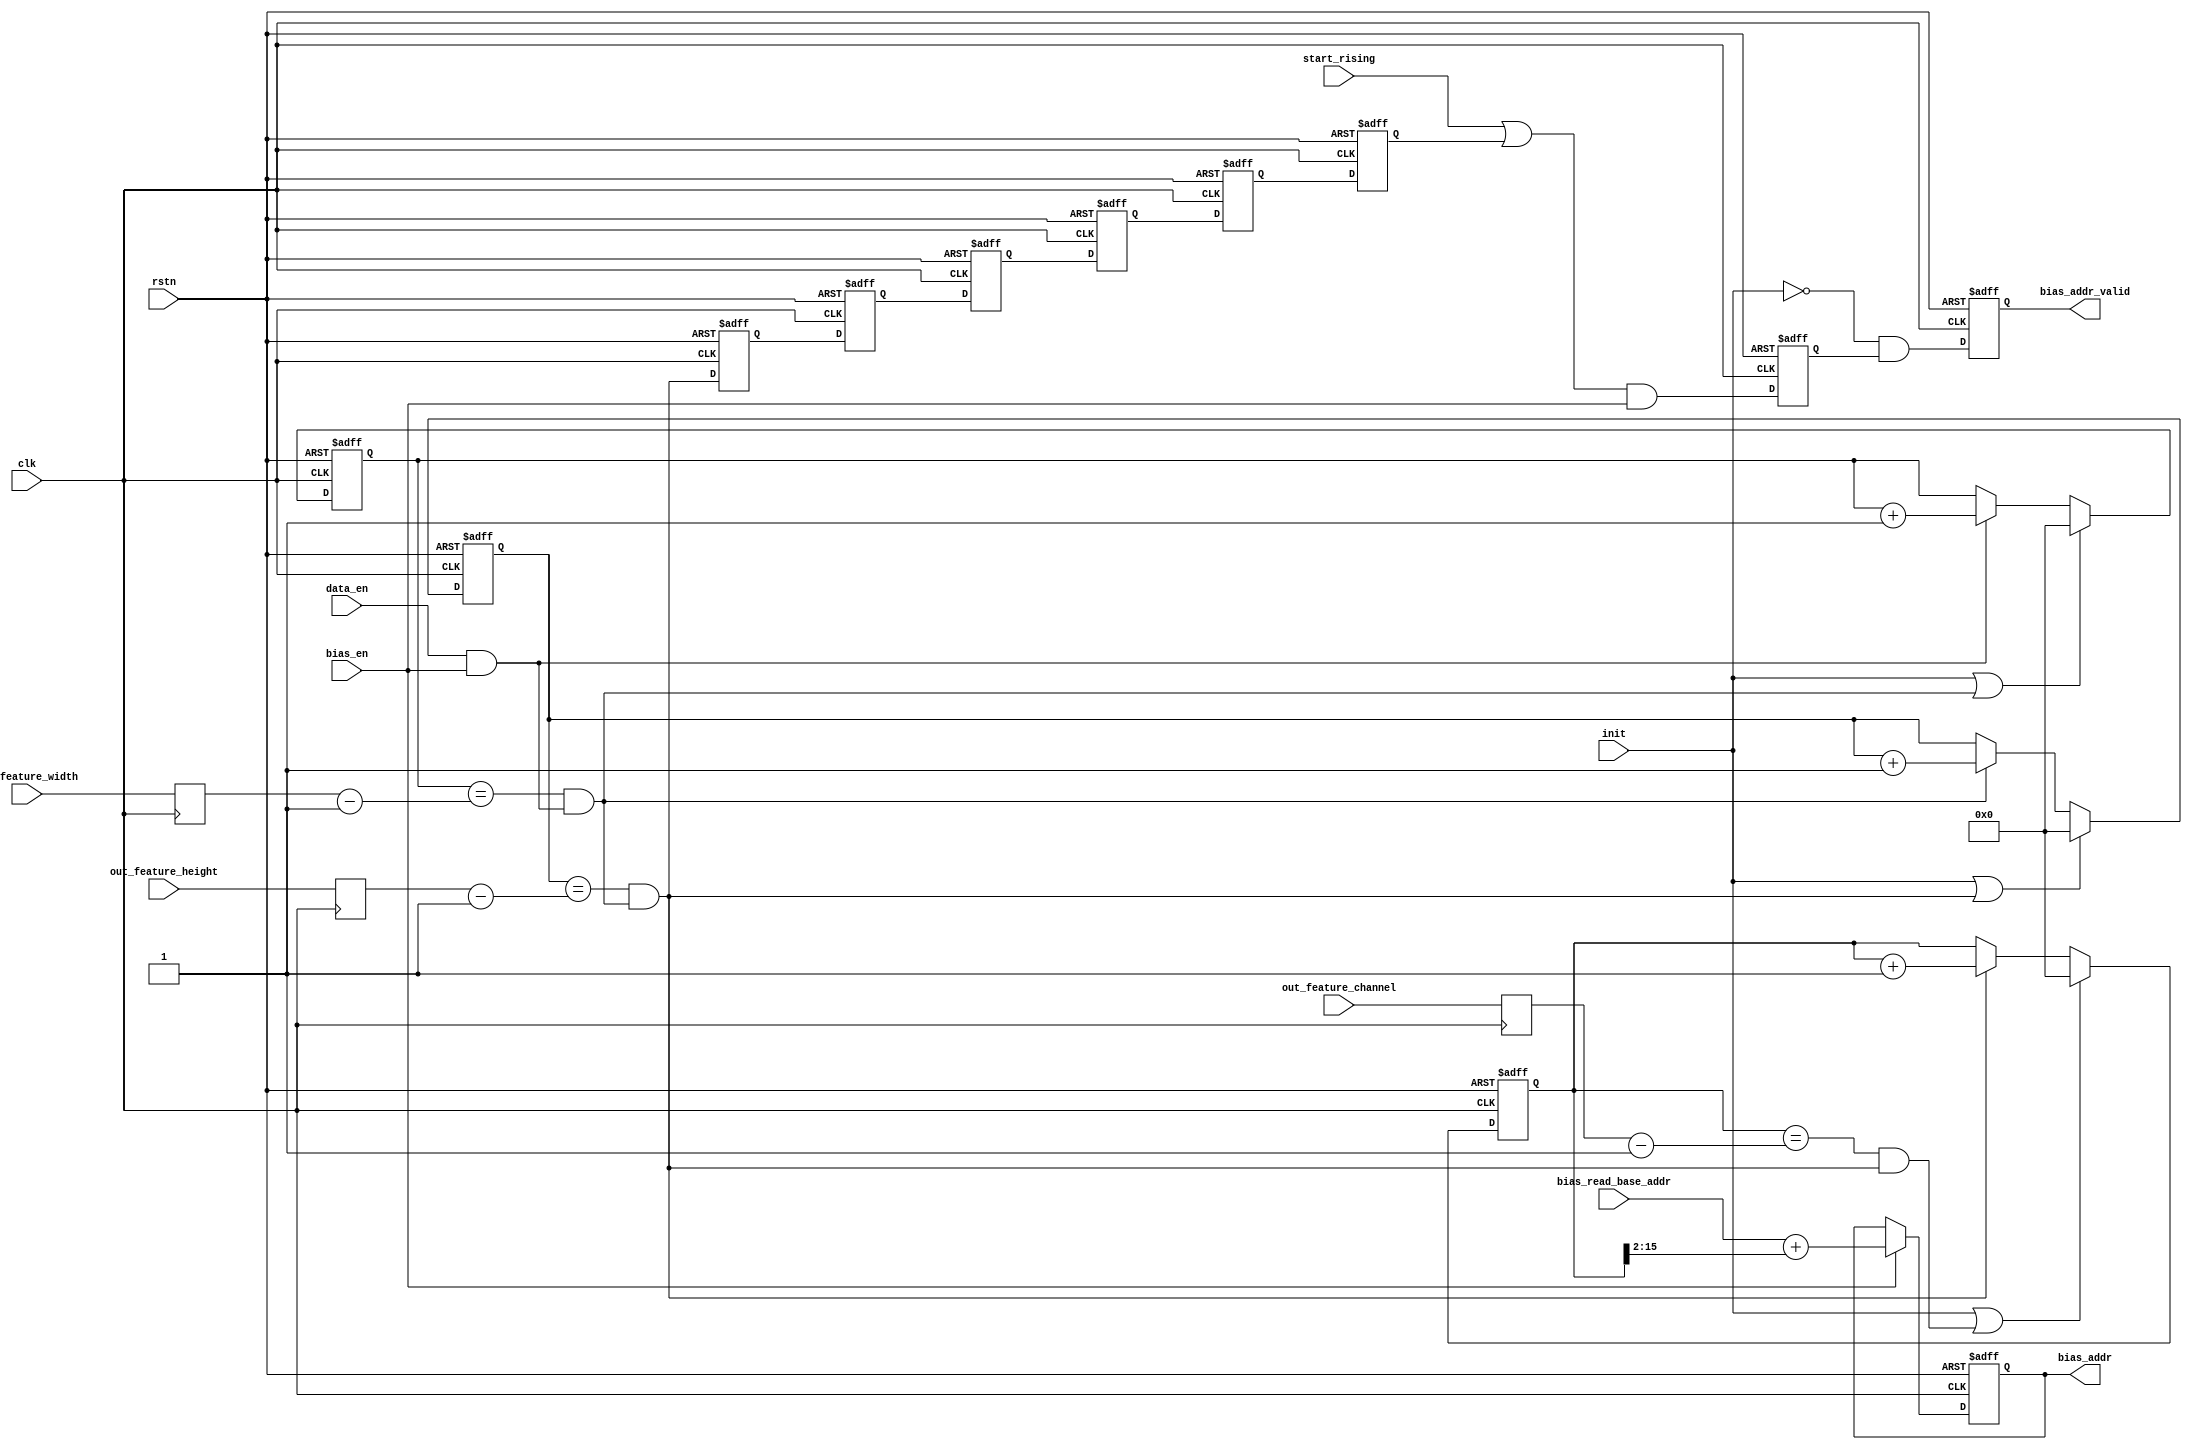
// Generated by stratus_hls 19.10-p100  (91500.011111)
// Wed Jan 27 10:22:58 2021
// from bias_addr_gen.cpp

`timescale 1ps / 1ps

      
module bias_addr_gen(clk, rstn, init, out_feature_width, out_feature_height, out_feature_channel, bias_read_base_addr, bias_en, start_rising, data_en, bias_addr, bias_addr_valid);

      input clk;
      input rstn;
      input init;
      input [15:0] out_feature_width;
      input [15:0] out_feature_height;
      input [15:0] out_feature_channel;
      input [31:0] bias_read_base_addr;
      input bias_en;
      input start_rising;
      input data_en;
      output [31:0] bias_addr;
      reg [31:0] bias_addr;
      output bias_addr_valid;
      reg bias_addr_valid;
      reg of_enable_4d;
      reg of_enable_3d;
      reg of_enable_2d;
      reg of_enable_1d;
      reg of_enable_5d;
      reg of_enable_6d;
      wire bias_addr_gen_Or_1Ux1U_1U_4_5_out1;
      wire bias_addr_gen_And_1Ux1U_1U_4_6_out1;
      wire bias_addr_gen_EqSubi1u16u16_1_7_out1;
      reg[15:0] bias_addr_gen_MuxAdd2i1u16u16u1_4_11_out1;
      wire bias_addr_gen_And_1Ux1U_1U_1_9_out1;
      wire bias_addr_gen_Or_1Ux1U_1U_4_10_out1;
      reg[15:0] bias_addr_gen_Muxi0u16u1_4_12_out1;
      reg[15:0] ox_cnt;
      wire bias_addr_gen_EqSubi1u16u16_1_13_out1;
      reg[15:0] bias_addr_gen_MuxAdd2i1u16u16u1_1_16_out1;
      wire bias_addr_gen_And_1Ux1U_1U_1_8_out1;
      wire bias_addr_gen_Or_1Ux1U_1U_4_15_out1;
      reg[15:0] bias_addr_gen_Muxi0u16u1_4_17_out1;
      reg[15:0] oy_cnt;
      wire bias_addr_gen_EqSubi1u16u16_1_18_out1;
      reg[15:0] bias_addr_gen_MuxAdd2i1u16u16u1_1_21_out1;
      wire bias_addr_gen_And_1Ux1U_1U_1_14_out1;
      wire bias_addr_gen_And_1Ux1U_1U_1_19_out1;
      wire bias_addr_gen_Or_1Ux1U_1U_4_20_out1;
      reg[15:0] bias_addr_gen_Muxi0u16u1_4_22_out1;
      reg[15:0] of_cnt_max;
      reg[15:0] oy_cnt_max;
      reg[15:0] ox_cnt_max;
      wire[31:0] bias_addr_gen_Add_32Ux14U_32U_1_3_out1;
      reg[15:0] of_cnt;
      wire[13:0] bias_addr_gen_Add_32Ux14U_32U_1_3_in1;
      reg[31:0] bias_addr_gen_N_Mux_32_2_12_4_4_out1;
      reg bias_addr_update;
      wire bias_addr_gen_Not_1U_1U_4_1_out1;
      wire bias_addr_gen_And_1Ux1U_1U_4_2_out1;

         // rtl_process:bias_addr_gen/drive_bias_addr_valid
         // Sharing or Control mux
         // Sharing/Controlling 2 operation(s) on drive_bias_addr_valid
         // at: bias_addr_gen.h:149:7
         // at: bias_addr_gen.h:155:7
         always @(posedge clk or negedge rstn)
          begin :drive_bias_addr_valid
            if (rstn == 1'b0) begin
               // op:_bias_addr_valid/OP0
               bias_addr_valid <= 1'd0;
            end
            else begin
               // op:_bias_addr_valid/OP5
               bias_addr_valid <= bias_addr_gen_And_1Ux1U_1U_4_2_out1;
            end
         end

         // rtl_instance:bias_addr_gen/bias_addr_gen_Not_1U_1U_4_1
         // Resource=bias_addr_gen_Not_1U_1U_4, Function=not : Inputs=1 Outputs=1
         // Implements 1 operation(s)
         // at: bias_addr_gen.h:150:10
         assign bias_addr_gen_Not_1U_1U_4_1_out1 = !init;

         // rtl_instance:bias_addr_gen/bias_addr_gen_And_1Ux1U_1U_4_2
         // Resource=bias_addr_gen_And_1Ux1U_1U_4, Function=and : Inputs=1,1 Outputs=1
         // Implements 1 operation(s)
         // at: bias_addr_gen.h:150:10
         assign bias_addr_gen_And_1Ux1U_1U_4_2_out1 = bias_addr_gen_Not_1U_1U_4_1_out1 & bias_addr_update;

         // rtl_process:bias_addr_gen/drive_bias_addr
         // Sharing or Control mux
         // Sharing/Controlling 3 operation(s) on drive_bias_addr
         // at: bias_addr_gen.h:142:7
         // at: bias_addr_gen.h:144:7
         always @(posedge clk or negedge rstn)
          begin :drive_bias_addr
            if (rstn == 1'b0) begin
               // op:_bias_add/OP9
               bias_addr <= 32'd0000000000;
            end
            else begin
               // op:_bias_add/OP17
               bias_addr <= bias_addr_gen_N_Mux_32_2_12_4_4_out1;
            end
         end

         // rtl_process:bias_addr_gen/drive_bias_addr_gen_Add_32Ux14U_32U_1_3_in1
         // Sharing or Control mux
         // Sharing/Controlling 1 operation(s) on drive_bias_addr_gen_Add_32Ux14U_32U_1_3_in1
         // at: bias_addr_gen.h:144:63
         assign bias_addr_gen_Add_32Ux14U_32U_1_3_in1 = of_cnt[15:2];

         // rtl_instance:bias_addr_gen/bias_addr_gen_Add_32Ux14U_32U_1_3
         // Resource=bias_addr_gen_Add_32Ux14U_32U_1, Function=add : Inputs=32,14 Outputs=32
         // Implements 1 operation(s)
         // at: bias_addr_gen.h:144:46
         assign bias_addr_gen_Add_32Ux14U_32U_1_3_out1 = bias_read_base_addr + {18'b000000000000000000, bias_addr_gen_Add_32Ux14U_32U_1_3_in1};

         // rtl_instance:bias_addr_gen/bias_addr_gen_N_Mux_32_2_12_4
         always @(bias_addr or bias_en or bias_addr_gen_Add_32Ux14U_32U_1_3_out1)
          begin :bias_addr_gen_N_Mux_32_2_12_4_4
            if (bias_en) begin
               bias_addr_gen_N_Mux_32_2_12_4_4_out1 = bias_addr_gen_Add_32Ux14U_32U_1_3_out1;
            end
            else begin
               bias_addr_gen_N_Mux_32_2_12_4_4_out1 = bias_addr;
            end
         end

         // rtl_process:bias_addr_gen/drive_ox_cnt_max
         // Sharing or Control mux
         // Sharing/Controlling 2 operation(s) on drive_ox_cnt_max
         // at: bias_addr_gen.h:135:5
         // at: bias_addr_gen.h:88:56
         always @(posedge clk)
          begin :drive_ox_cnt_max
            // op:_set_max_num/OP28
            ox_cnt_max <= out_feature_width;
         end

         // rtl_process:bias_addr_gen/drive_oy_cnt_max
         // Sharing or Control mux
         // Sharing/Controlling 2 operation(s) on drive_oy_cnt_max
         // at: bias_addr_gen.h:136:5
         // at: bias_addr_gen.h:104:56
         always @(posedge clk)
          begin :drive_oy_cnt_max
            // op:_set_max_num/OP27
            oy_cnt_max <= out_feature_height;
         end

         // rtl_process:bias_addr_gen/drive_of_cnt_max
         // Sharing or Control mux
         // Sharing/Controlling 2 operation(s) on drive_of_cnt_max
         // at: bias_addr_gen.h:137:5
         // at: bias_addr_gen.h:120:56
         always @(posedge clk)
          begin :drive_of_cnt_max
            // op:_set_max_num/OP26
            of_cnt_max <= out_feature_channel;
         end

         // rtl_process:bias_addr_gen/drive_of_cnt
         // Sharing or Control mux
         // Sharing/Controlling 3 operation(s) on drive_of_cnt
         // at: bias_addr_gen.h:131:7
         // at: bias_addr_gen.h:125:7
         always @(posedge clk or negedge rstn)
          begin :drive_of_cnt
            if (rstn == 1'b0) begin
               // op:_of_counter/OP114
               of_cnt <= 16'd00000;
            end
            else begin
               // op:_of_counter/OP123
               of_cnt <= bias_addr_gen_Muxi0u16u1_4_22_out1;
            end
         end

         // rtl_instance:bias_addr_gen/bias_addr_gen_Or_1Ux1U_1U_4_20
         // Resource=bias_addr_gen_Or_1Ux1U_1U_4, Function=or : Inputs=1,1 Outputs=1
         // Implements 1 operation(s)
         // at: bias_addr_gen.h:126:14
         assign bias_addr_gen_Or_1Ux1U_1U_4_20_out1 = init | bias_addr_gen_And_1Ux1U_1U_1_19_out1;

         // rtl_instance:bias_addr_gen/bias_addr_gen_MuxAdd2i1u16u16u1_1
         always @(of_cnt or bias_addr_gen_And_1Ux1U_1U_1_14_out1)
          begin :bias_addr_gen_MuxAdd2i1u16u16u1_1_21
            if (bias_addr_gen_And_1Ux1U_1U_1_14_out1) begin
               bias_addr_gen_MuxAdd2i1u16u16u1_1_21_out1 = of_cnt + 16'd00001;
            end
            else begin
               bias_addr_gen_MuxAdd2i1u16u16u1_1_21_out1 = of_cnt;
            end
         end

         // rtl_instance:bias_addr_gen/bias_addr_gen_Muxi0u16u1_4
         always @(bias_addr_gen_Or_1Ux1U_1U_4_20_out1 or bias_addr_gen_MuxAdd2i1u16u16u1_1_21_out1)
          begin :bias_addr_gen_Muxi0u16u1_4_22
            if (bias_addr_gen_Or_1Ux1U_1U_4_20_out1) begin
               bias_addr_gen_Muxi0u16u1_4_22_out1 = 16'd00000;
            end
            else begin
               bias_addr_gen_Muxi0u16u1_4_22_out1 = bias_addr_gen_MuxAdd2i1u16u16u1_1_21_out1;
            end
         end

         // rtl_instance:bias_addr_gen/bias_addr_gen_EqSubi1u16u16_1_18
         // Resource=bias_addr_gen_EqSubi1u16u16_1, Function=sub eq : Inputs=16,16 Outputs=1
         // Implements 1 operation(s)
         // at: bias_addr_gen.h:120:53
         assign bias_addr_gen_EqSubi1u16u16_1_18_out1 = {1'b0, of_cnt} == {1'b0, of_cnt_max} - 17'd000001;

         // rtl_instance:bias_addr_gen/bias_addr_gen_And_1Ux1U_1U_1_19
         // Resource=bias_addr_gen_And_1Ux1U_1U_1, Function=and : Inputs=1,1 Outputs=1
         // Implements 1 operation(s)
         // at: bias_addr_gen.h:120:35
         assign bias_addr_gen_And_1Ux1U_1U_1_19_out1 = bias_addr_gen_EqSubi1u16u16_1_18_out1 & bias_addr_gen_And_1Ux1U_1U_1_14_out1;

         // rtl_process:bias_addr_gen/drive_oy_cnt
         // Sharing or Control mux
         // Sharing/Controlling 4 operation(s) on drive_oy_cnt
         // at: bias_addr_gen.h:104:39
         // at: bias_addr_gen.h:109:7
         // at: bias_addr_gen.h:115:7
         always @(posedge clk or negedge rstn)
          begin :drive_oy_cnt
            if (rstn == 1'b0) begin
               // op:_oy_counter/OP85
               oy_cnt <= 16'd00000;
            end
            else begin
               // op:_oy_counter/OP94
               oy_cnt <= bias_addr_gen_Muxi0u16u1_4_17_out1;
            end
         end

         // rtl_instance:bias_addr_gen/bias_addr_gen_Or_1Ux1U_1U_4_15
         // Resource=bias_addr_gen_Or_1Ux1U_1U_4, Function=or : Inputs=1,1 Outputs=1
         // Implements 1 operation(s)
         // at: bias_addr_gen.h:110:14
         assign bias_addr_gen_Or_1Ux1U_1U_4_15_out1 = init | bias_addr_gen_And_1Ux1U_1U_1_14_out1;

         // rtl_instance:bias_addr_gen/bias_addr_gen_MuxAdd2i1u16u16u1_1
         always @(oy_cnt or bias_addr_gen_And_1Ux1U_1U_1_8_out1)
          begin :bias_addr_gen_MuxAdd2i1u16u16u1_1_16
            if (bias_addr_gen_And_1Ux1U_1U_1_8_out1) begin
               bias_addr_gen_MuxAdd2i1u16u16u1_1_16_out1 = oy_cnt + 16'd00001;
            end
            else begin
               bias_addr_gen_MuxAdd2i1u16u16u1_1_16_out1 = oy_cnt;
            end
         end

         // rtl_instance:bias_addr_gen/bias_addr_gen_Muxi0u16u1_4
         always @(bias_addr_gen_Or_1Ux1U_1U_4_15_out1 or bias_addr_gen_MuxAdd2i1u16u16u1_1_16_out1)
          begin :bias_addr_gen_Muxi0u16u1_4_17
            if (bias_addr_gen_Or_1Ux1U_1U_4_15_out1) begin
               bias_addr_gen_Muxi0u16u1_4_17_out1 = 16'd00000;
            end
            else begin
               bias_addr_gen_Muxi0u16u1_4_17_out1 = bias_addr_gen_MuxAdd2i1u16u16u1_1_16_out1;
            end
         end

         // rtl_instance:bias_addr_gen/bias_addr_gen_EqSubi1u16u16_1_13
         // Resource=bias_addr_gen_EqSubi1u16u16_1, Function=sub eq : Inputs=16,16 Outputs=1
         // Implements 1 operation(s)
         // at: bias_addr_gen.h:104:53
         assign bias_addr_gen_EqSubi1u16u16_1_13_out1 = {1'b0, oy_cnt} == {1'b0, oy_cnt_max} - 17'd000001;

         // rtl_instance:bias_addr_gen/bias_addr_gen_And_1Ux1U_1U_1_14
         // Resource=bias_addr_gen_And_1Ux1U_1U_1, Function=and : Inputs=1,1 Outputs=1
         // Implements 1 operation(s)
         // at: bias_addr_gen.h:104:35
         assign bias_addr_gen_And_1Ux1U_1U_1_14_out1 = bias_addr_gen_EqSubi1u16u16_1_13_out1 & bias_addr_gen_And_1Ux1U_1U_1_8_out1;

         // rtl_process:bias_addr_gen/drive_ox_cnt
         // Sharing or Control mux
         // Sharing/Controlling 4 operation(s) on drive_ox_cnt
         // at: bias_addr_gen.h:88:39
         // at: bias_addr_gen.h:93:7
         // at: bias_addr_gen.h:99:7
         always @(posedge clk or negedge rstn)
          begin :drive_ox_cnt
            if (rstn == 1'b0) begin
               // op:_ox_counter/OP56
               ox_cnt <= 16'd00000;
            end
            else begin
               // op:_ox_counter/OP65
               ox_cnt <= bias_addr_gen_Muxi0u16u1_4_12_out1;
            end
         end

         // rtl_instance:bias_addr_gen/bias_addr_gen_Or_1Ux1U_1U_4_10
         // Resource=bias_addr_gen_Or_1Ux1U_1U_4, Function=or : Inputs=1,1 Outputs=1
         // Implements 1 operation(s)
         // at: bias_addr_gen.h:94:14
         assign bias_addr_gen_Or_1Ux1U_1U_4_10_out1 = init | bias_addr_gen_And_1Ux1U_1U_1_8_out1;

         // rtl_instance:bias_addr_gen/bias_addr_gen_MuxAdd2i1u16u16u1_4
         always @(ox_cnt or bias_addr_gen_And_1Ux1U_1U_1_9_out1)
          begin :bias_addr_gen_MuxAdd2i1u16u16u1_4_11
            if (bias_addr_gen_And_1Ux1U_1U_1_9_out1) begin
               bias_addr_gen_MuxAdd2i1u16u16u1_4_11_out1 = ox_cnt + 16'd00001;
            end
            else begin
               bias_addr_gen_MuxAdd2i1u16u16u1_4_11_out1 = ox_cnt;
            end
         end

         // rtl_instance:bias_addr_gen/bias_addr_gen_Muxi0u16u1_4
         always @(bias_addr_gen_Or_1Ux1U_1U_4_10_out1 or bias_addr_gen_MuxAdd2i1u16u16u1_4_11_out1)
          begin :bias_addr_gen_Muxi0u16u1_4_12
            if (bias_addr_gen_Or_1Ux1U_1U_4_10_out1) begin
               bias_addr_gen_Muxi0u16u1_4_12_out1 = 16'd00000;
            end
            else begin
               bias_addr_gen_Muxi0u16u1_4_12_out1 = bias_addr_gen_MuxAdd2i1u16u16u1_4_11_out1;
            end
         end

         // rtl_instance:bias_addr_gen/bias_addr_gen_EqSubi1u16u16_1_7
         // Resource=bias_addr_gen_EqSubi1u16u16_1, Function=sub eq : Inputs=16,16 Outputs=1
         // Implements 1 operation(s)
         // at: bias_addr_gen.h:88:53
         assign bias_addr_gen_EqSubi1u16u16_1_7_out1 = {1'b0, ox_cnt} == {1'b0, ox_cnt_max} - 17'd000001;

         // rtl_instance:bias_addr_gen/bias_addr_gen_And_1Ux1U_1U_1_8
         // Resource=bias_addr_gen_And_1Ux1U_1U_1, Function=and : Inputs=1,1 Outputs=1
         // Implements 1 operation(s)
         // at: bias_addr_gen.h:88:35
         assign bias_addr_gen_And_1Ux1U_1U_1_8_out1 = bias_addr_gen_EqSubi1u16u16_1_7_out1 & bias_addr_gen_And_1Ux1U_1U_1_9_out1;

         // rtl_instance:bias_addr_gen/bias_addr_gen_And_1Ux1U_1U_1_9
         // Resource=bias_addr_gen_And_1Ux1U_1U_1, Function=and : Inputs=1,1 Outputs=1
         // Implements 1 operation(s)
         // at: bias_addr_gen.h:87:33
         assign bias_addr_gen_And_1Ux1U_1U_1_9_out1 = data_en & bias_en;

         // rtl_process:bias_addr_gen/drive_bias_addr_update
         // Sharing or Control mux
         // Sharing/Controlling 3 operation(s) on drive_bias_addr_update
         // at: bias_addr_gen.h:152:14
         // at: bias_addr_gen.h:76:7
         // at: bias_addr_gen.h:82:7
         always @(posedge clk or negedge rstn)
          begin :drive_bias_addr_update
            if (rstn == 1'b0) begin
               // op:_bias_addr_update/OP29
               bias_addr_update <= 1'd0;
            end
            else begin
               // op:_bias_addr_update/OP35
               bias_addr_update <= bias_addr_gen_And_1Ux1U_1U_4_6_out1;
            end
         end

         // rtl_instance:bias_addr_gen/bias_addr_gen_Or_1Ux1U_1U_4_5
         // Resource=bias_addr_gen_Or_1Ux1U_1U_4, Function=or : Inputs=1,1 Outputs=1
         // Implements 1 operation(s)
         // at: bias_addr_gen.h:77:37
         assign bias_addr_gen_Or_1Ux1U_1U_4_5_out1 = start_rising | of_enable_6d;

         // rtl_instance:bias_addr_gen/bias_addr_gen_And_1Ux1U_1U_4_6
         // Resource=bias_addr_gen_And_1Ux1U_1U_4, Function=and : Inputs=1,1 Outputs=1
         // Implements 1 operation(s)
         // at: bias_addr_gen.h:77:34
         assign bias_addr_gen_And_1Ux1U_1U_4_6_out1 = bias_addr_gen_Or_1Ux1U_1U_4_5_out1 & bias_en;

         // rtl_process:bias_addr_gen/drive_of_enable_6d
         // Sharing or Control mux
         // Sharing/Controlling 3 operation(s) on drive_of_enable_6d
         // at: bias_addr_gen.h:79:37
         // at: bias_addr_gen.h:62:7
         // at: bias_addr_gen.h:70:7
         always @(posedge clk or negedge rstn)
          begin :drive_of_enable_6d
            if (rstn == 1'b0) begin
               // op:_delay/OP136
               of_enable_6d <= 1'b0;
            end
            else begin
               // op:_delay/OP148
               of_enable_6d <= of_enable_5d;
            end
         end

         // rtl_process:bias_addr_gen/drive_of_enable_1d
         // Sharing or Control mux
         // Sharing/Controlling 4 operation(s) on drive_of_enable_1d
         // at: bias_addr_gen.h:57:7
         // at: bias_addr_gen.h:65:7
         // at: bias_addr_gen.h:66:22
         always @(posedge clk or negedge rstn)
          begin :drive_of_enable_1d
            if (rstn == 1'b0) begin
               // op:_delay/OP131
               of_enable_1d <= 1'b0;
            end
            else begin
               // op:_delay/OP153
               of_enable_1d <= bias_addr_gen_And_1Ux1U_1U_1_14_out1;
            end
         end

         // rtl_process:bias_addr_gen/drive_of_enable_2d
         // Sharing or Control mux
         // Sharing/Controlling 4 operation(s) on drive_of_enable_2d
         // at: bias_addr_gen.h:58:7
         // at: bias_addr_gen.h:66:7
         // at: bias_addr_gen.h:67:22
         always @(posedge clk or negedge rstn)
          begin :drive_of_enable_2d
            if (rstn == 1'b0) begin
               // op:_delay/OP132
               of_enable_2d <= 1'b0;
            end
            else begin
               // op:_delay/OP152
               of_enable_2d <= of_enable_1d;
            end
         end

         // rtl_process:bias_addr_gen/drive_of_enable_3d
         // Sharing or Control mux
         // Sharing/Controlling 4 operation(s) on drive_of_enable_3d
         // at: bias_addr_gen.h:59:7
         // at: bias_addr_gen.h:67:7
         // at: bias_addr_gen.h:68:22
         always @(posedge clk or negedge rstn)
          begin :drive_of_enable_3d
            if (rstn == 1'b0) begin
               // op:_delay/OP133
               of_enable_3d <= 1'b0;
            end
            else begin
               // op:_delay/OP151
               of_enable_3d <= of_enable_2d;
            end
         end

         // rtl_process:bias_addr_gen/drive_of_enable_4d
         // Sharing or Control mux
         // Sharing/Controlling 4 operation(s) on drive_of_enable_4d
         // at: bias_addr_gen.h:60:7
         // at: bias_addr_gen.h:68:7
         // at: bias_addr_gen.h:69:22
         always @(posedge clk or negedge rstn)
          begin :drive_of_enable_4d
            if (rstn == 1'b0) begin
               // op:_delay/OP134
               of_enable_4d <= 1'b0;
            end
            else begin
               // op:_delay/OP150
               of_enable_4d <= of_enable_3d;
            end
         end

         // rtl_process:bias_addr_gen/drive_of_enable_5d
         // Sharing or Control mux
         // Sharing/Controlling 4 operation(s) on drive_of_enable_5d
         // at: bias_addr_gen.h:61:7
         // at: bias_addr_gen.h:69:7
         // at: bias_addr_gen.h:70:22
         always @(posedge clk or negedge rstn)
          begin :drive_of_enable_5d
            if (rstn == 1'b0) begin
               // op:_delay/OP135
               of_enable_5d <= 1'b0;
            end
            else begin
               // op:_delay/OP149
               of_enable_5d <= of_enable_4d;
            end
         end


endmodule